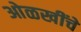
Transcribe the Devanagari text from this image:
ओळखींचे